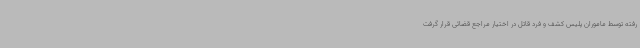
رفته توسط ماموران پلیس کشف و فرد قاتل در اختیار مراجع قضائی قرار گرفت